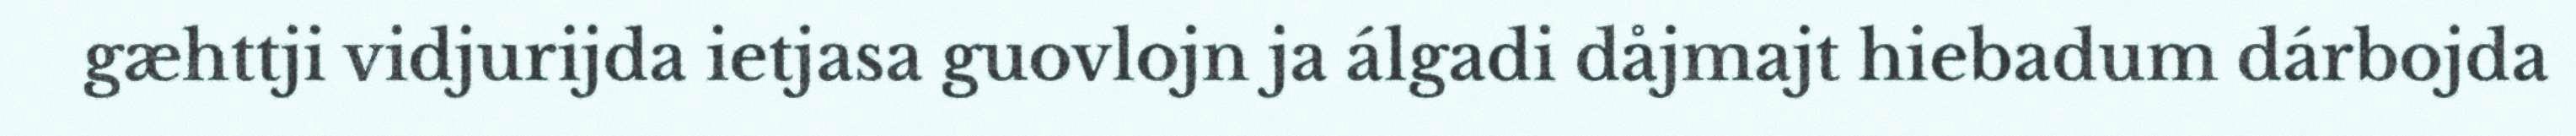
gæhttji vidjurijda ietjasa guovlojn ja álgadi dåjmajt hiebadum dárbojda